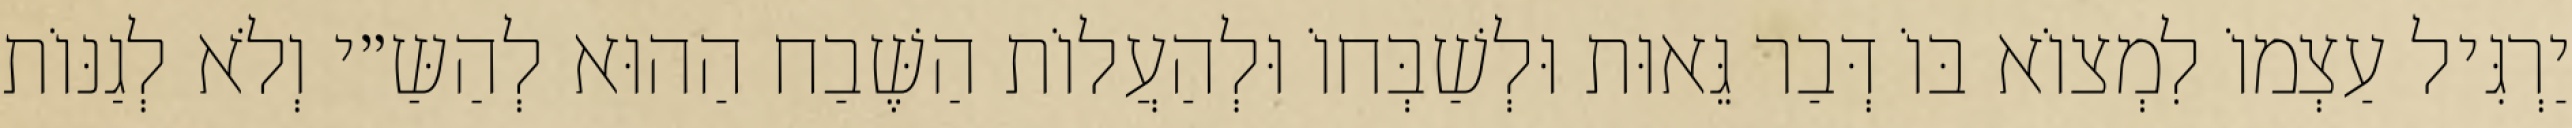
יַרְגִּיל עַצְמוֹ לִמְצוֹא בּוֹ דְּבַר גֵּאוּת וּלְשַׁבְּחוֹ וּלְהַעֲלוֹת הַשֶּׁבַח הַהוּא לְהַשַּ״י וְלֹא לְגַנּוֹת